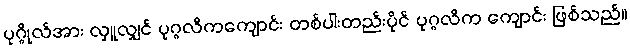
ပုဂ္ဂိုလ်အား လှူလျှင် ပုဂ္ဂလိကကျောင်း တစ်ပါးတည်းပိုင် ပုဂ္ဂလိက ကျောင်း ဖြစ်သည်။